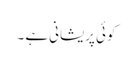
کوئی پریشانی ہے ۔